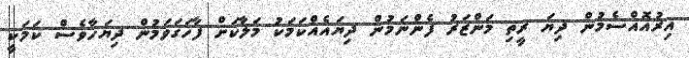
އިރުއޮއްސެމުން ދިޔަ ރީތި މަންޒަރު ފެންނަމުން ދިޔައެއްކަމަކު މަލާކަށް ފާހަގަވަމުން ދިޔަހާވެސް ކަމަކީ